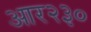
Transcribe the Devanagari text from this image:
आर२३०